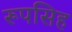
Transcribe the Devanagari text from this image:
रूपसिह